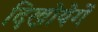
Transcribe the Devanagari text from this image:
दिखोयेगें